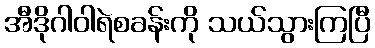
အီဒိုဂါဝါရဲစခန်းကို သယ်သွားကြပြီ